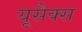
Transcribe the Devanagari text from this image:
यूसैक्स